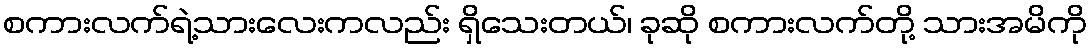
စကားလက်ရဲ့သားလေးကလည်း ရှိသေးတယ်၊ ခုဆို စကားလက်တို့ သားအမိကို